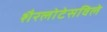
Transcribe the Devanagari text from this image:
शैरलोटेसविले